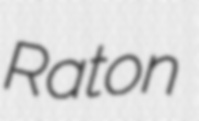
Raton